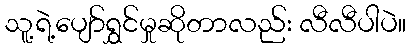
သူ့ရဲ့ပျော်ရွှင်မှုဆိုတာလည်း လီလီပါပဲ။